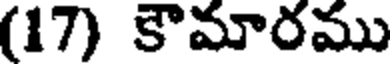
(17) కౌమారము